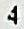
4